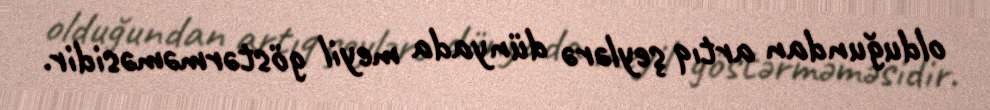
olduğundan artıq şeylərə dünyada meyil göstərməməsidir.